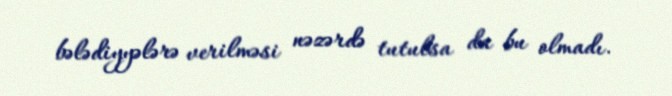
bələdiyyələrə verilməsi nəzərdə tutulsa da bu olmadı.